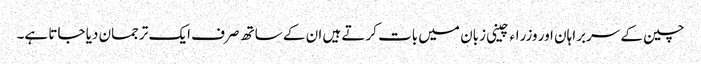
چین کے سربراہان اور وزراء چینی زبان میں بات کرتے ہیں ان کے ساتھ صرف ایک ترجمان دیا جاتا ہے۔